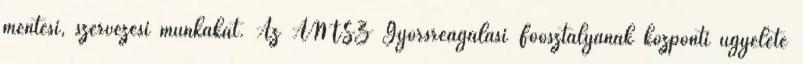
mentési, szervezési munkákat. Az ÁNTSZ Gyorsreagálási Főosztályának központi ügyelete